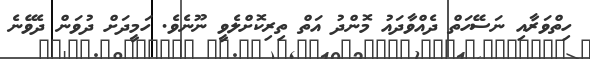
ހިތްވަރާއި ނަސޭހަތް ދެއްވާދައު މޮންދު އަތް ތިރިކޮށްލެވީ ނޫނެވެ. ހަމީދަށް ދުވަން ދެވޭނެ